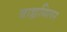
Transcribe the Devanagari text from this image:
बाह्यमिलन